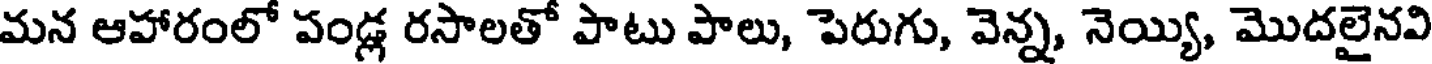
మన ఆహారంలో పండ్ల రసాలతో పాటు పాలు, పెరుగు, వెన్న, నెయ్యి, మొదలైనవి